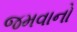
જમવાનો